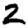
Digit: 2